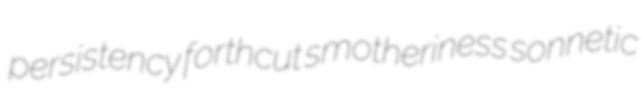
persistency forthcut smotheriness sonnetic